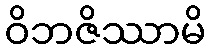
ဝိဘဇိဿာမိ